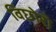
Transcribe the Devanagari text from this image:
विछोरो